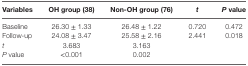
<table><thead><tr><td><b>Variables</b></td><td><b>OH group (38)</b></td><td><b>Non-OH group (76)</b></td><td><b><i>t</i></b></td><td><b><i>P</i> value</b></td></tr></thead><tbody><tr><td>Baseline</td><td>26.30 ± 1.33</td><td>26.48 ± 1.22</td><td>0.720</td><td>0.472</td></tr><tr><td>Follow-up</td><td>24.08 ± 3.47</td><td>25.58 ± 2.16</td><td>2.441</td><td>0.018</td></tr><tr><td><i>t</i></td><td>3.683</td><td>3.163</td><td></td><td></td></tr><tr><td><i>P</i> value</td><td>&lt;0.001</td><td>0.002</td><td></td><td></td></tr></tbody></table>